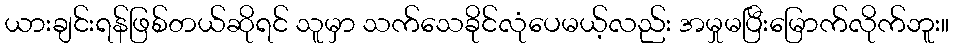
ယားချင်းရန်ဖြစ်တယ်ဆိုရင် သူမှာ သက်သေခိုင်လုံပေမယ့်လည်း အမှုမပြီးမြောက်လိုက်ဘူး။